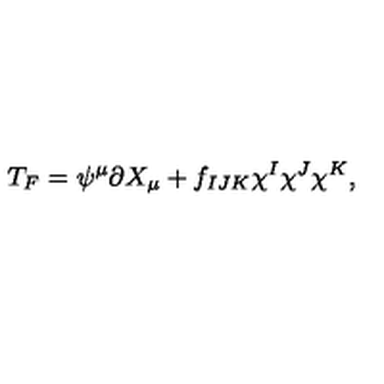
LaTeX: T _ { F } = \psi ^ { \mu } \partial X _ { \mu } + f _ { I J K } \chi ^ { I } \chi ^ { J } \chi ^ { K } ,